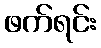
ဖက်ရင်း